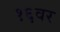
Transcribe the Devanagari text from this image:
१६वर